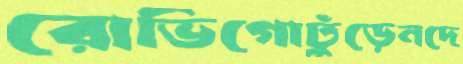
রোভিগোঢুঁড়েনদে